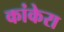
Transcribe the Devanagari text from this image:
कांकेरा